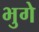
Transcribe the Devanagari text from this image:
भुगे